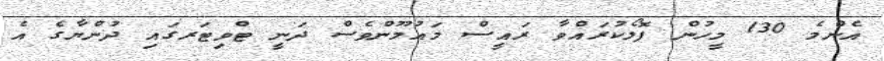
އެންމެ 130 މީހުން ފޮލޯކުރައްވާ ރައީސް މައުމޫންވެސް ދަނީ ޓްވިޓަރގައި ދުންޔާގެ އެ